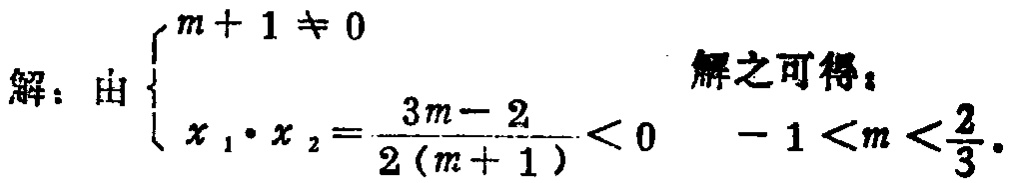
解：由$\begin{cases}

m + 1 \neq 0 \\

x_1\cdot x_2=\frac{3m - 2}{2(m + 1)}<0

\end{cases}$

解之可得：

$-1 < m < \frac{2}{3}$.